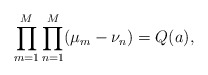
\begin{align*}\prod_{m=1}^M\prod_{n=1}^M(\mu_m-\nu_{n})={Q}(a),\end{align*}